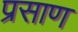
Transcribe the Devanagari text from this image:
प्रसाण